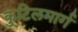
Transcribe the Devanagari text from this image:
कुटिलमार्ग